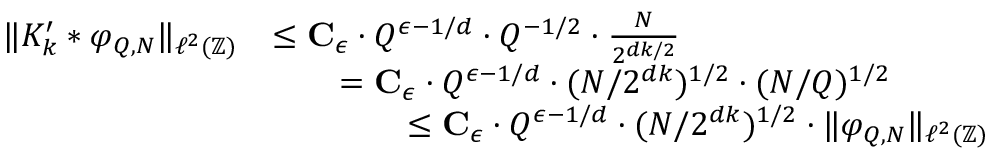
\begin{array} { r l } { \| K _ { k } ^ { \prime } * \varphi _ { Q , N } \| _ { \ell ^ { 2 } ( \mathbb { Z } ) } } & { \leq \mathbf { C } _ { \epsilon } \cdot Q ^ { \epsilon - 1 / d } \cdot Q ^ { - 1 / 2 } \cdot \frac { N } { 2 ^ { d k / 2 } } } \\ & { \qquad = \mathbf { C } _ { \epsilon } \cdot Q ^ { \epsilon - 1 / d } \cdot ( N / 2 ^ { d k } ) ^ { 1 / 2 } \cdot ( N / Q ) ^ { 1 / 2 } } \\ & { \qquad \qquad \leq \mathbf { C } _ { \epsilon } \cdot Q ^ { \epsilon - 1 / d } \cdot ( N / 2 ^ { d k } ) ^ { 1 / 2 } \cdot \| \varphi _ { Q , N } \| _ { \ell ^ { 2 } ( \mathbb { Z } ) } } \end{array}